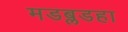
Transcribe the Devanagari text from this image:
मडब्लडहा